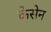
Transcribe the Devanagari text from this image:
केसेन